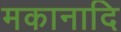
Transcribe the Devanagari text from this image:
मकानादि